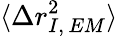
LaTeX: \langle\Delta r_{I,\, EM}^{2}\rangle